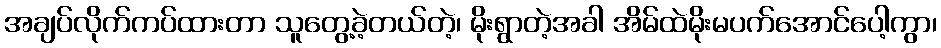
အချပ်လိုက်ကပ်ထားတာ သူတွေ့ခဲ့တယ်တဲ့၊ မိုးရွာတဲ့အခါ အိမ်ထဲမိုးမပက်အောင်ပေါ့ကွာ၊